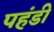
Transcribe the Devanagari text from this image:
पहंडी